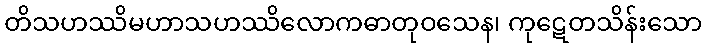
တိသဟဿိမဟာသဟဿိလောကဓာတုဝသေန၊ ကုဋေတသိန်းသော